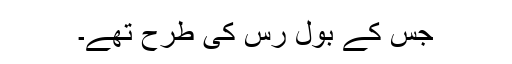
جس کے بول رس کی طرح تھے۔